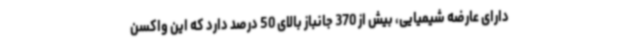
دارای عارضه شیمیایی، بیش از 370 جانباز بالای 50 درصد دارد که این واکسن